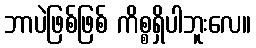
ဘာပဲဖြစ်ဖြစ် ကိစ္စရှိပါဘူးလေ။